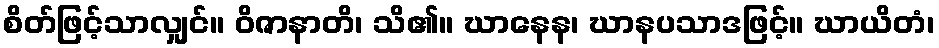
စိတ်ဖြင့်သာလျှင်။ ဝိဇာနာတိ၊ သိ၏။ ဃာနေန၊ ဃာနပသာဒဖြင့်။ ဃာယိတံ၊